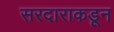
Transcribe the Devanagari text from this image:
सरदाराकडून